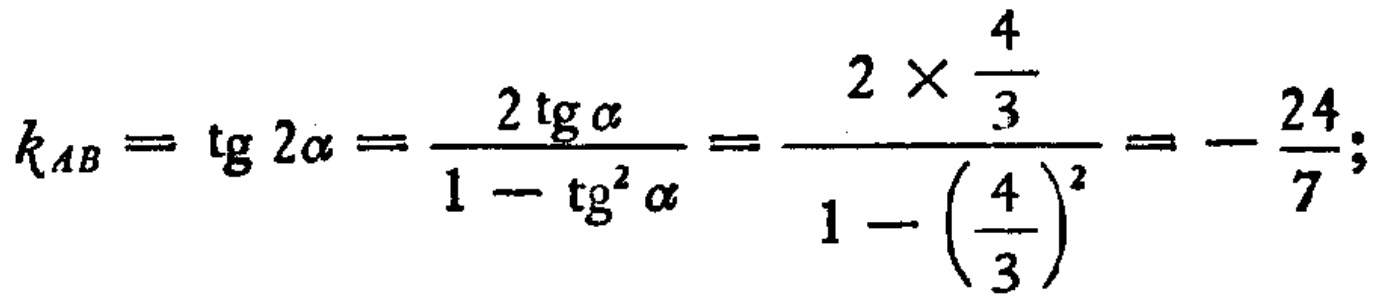
\(k_{AB}=\tg 2\alpha=\frac{2\tg\alpha}{1 - \tg^{2}\alpha}=\frac{2\times\frac{4}{3}}{1 - (\frac{4}{3})^{2}}=-\frac{24}{7};\)